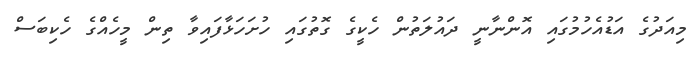
މިއަދުގެ އަޑުއެހުމުގައި އޮންނާނީ ދައުލަތުން ހެކީގެ ގޮތުގައި ހުށަހަޅާފައިވާ ތިން މީހެއްގެ ހެކިބަސް